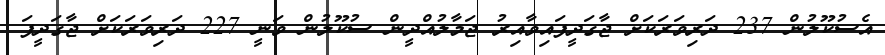
އެސުކޫލުން 237 ދަރިވަރަކަށް ޖާގަދީފައިވާއިރު ޖަމާލުއްްދީން ސުކޫލުން ވަނީ 227 ދަރިވަރަކަށް ޖާގަދީފަ